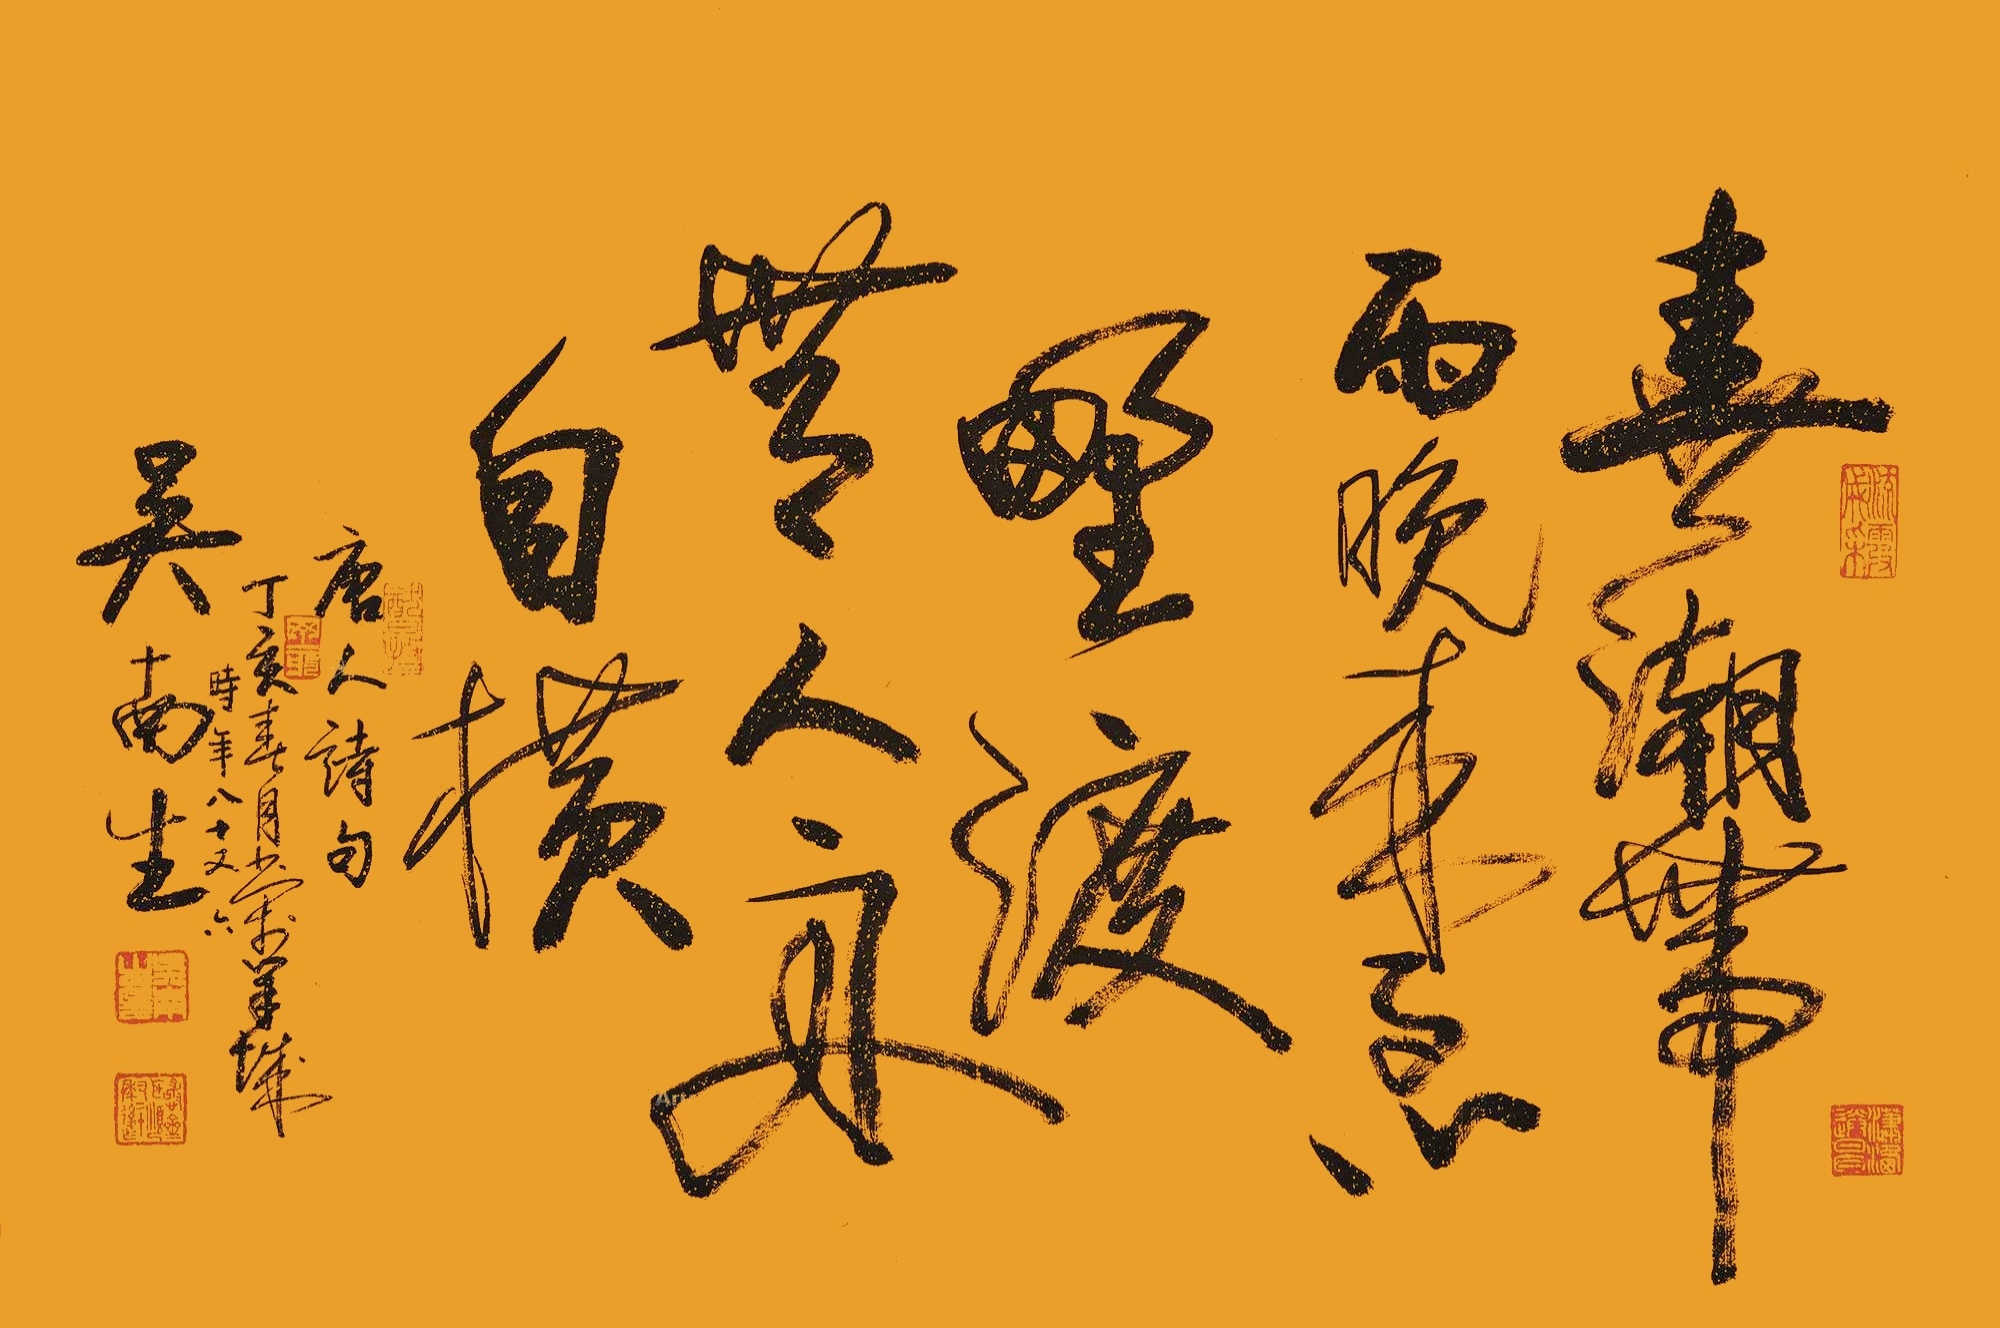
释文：春潮带雨晚来急，野渡无人舟自横。唐人诗句，丁亥春月书于羊城。时年八十又六，吴南生。